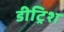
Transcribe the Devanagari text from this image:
डीट्रिश